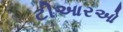
ટીઆરઓ